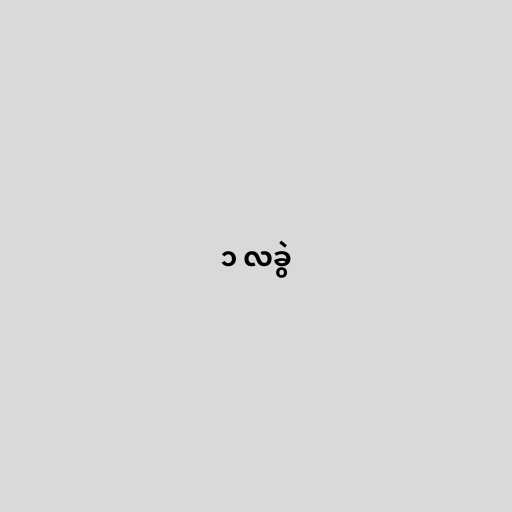
၁ လခွဲ